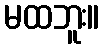
မထဘူး။